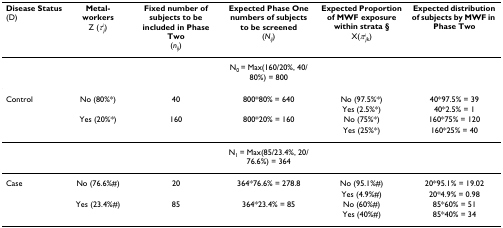
| Disease Status(D) | Metal-workersZ (τij) | Fixed number of subjects to be included in Phase Two(nij) | Expected Phase One numbers of subjects to be screened(Nij) | Expected Proportion of MWF exposure within strata §X(πijk) | Expected distribution of subjects by MWF in Phase Two |
 | --- | --- | --- | --- | --- | --- |
 |  |  |  | N0 = Max(160/20%, 40/80%) = 800 |  |  |
 | Control | No (80%*) | 40 | 800*80% = 640 | No (97.5%*) | 40*97.5% = 39 |
 |  |  |  |  | Yes (2.5%*) | 40*2.5% = 1 |
 |  | Yes (20%*) | 160 | 800*20% = 160 | No (75%*) | 160*75% = 120 |
 |  |  |  |  | Yes (25%*) | 160*25% = 40 |
 |  |  |  | N1 = Max(85/23.4%, 20/76.6%) = 364 |  |  |
 | Case | No (76.6%#) | 20 | 364*76.6% = 278.8 | No (95.1%#) | 20*95.1% = 19.02 |
 |  |  |  |  | Yes (4.9%#) | 20*4.9% = 0.98 |
 |  | Yes (23.4%#) | 85 | 364*23.4% = 85 | No (60%#) | 85*60% = 51 |
 |  |  |  |  | Yes (40%#) | 85*40% = 34 |